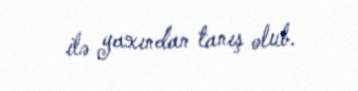
ilə yaxından tanış olub.